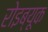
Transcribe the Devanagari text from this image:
रोइब्यूक